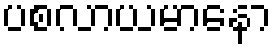
ပစလာယမာနော